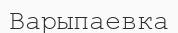
Варыпаевка